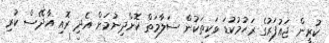
ކުރީން ޖައުފަރުގެ ރަޙުމުކުޑަ ވަކިތަކުން ސަލާމަތް ކޮށްދިނުމަށް އެދި ރޮއި އާދޭސް ކުރި